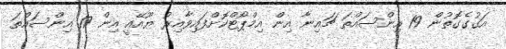
އަގުގެގޮތުން 19 އިންސައްތަ ޗައިނާ އިން އިމްޕޯޓްކޮށްފައިވާއިރު ޔޫއޭއީ އިން 17 އިންސައްތަ